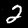
Digit: 2